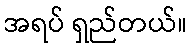
အရပ် ရှည်တယ်။